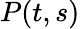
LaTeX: \textstyle P(t,s)